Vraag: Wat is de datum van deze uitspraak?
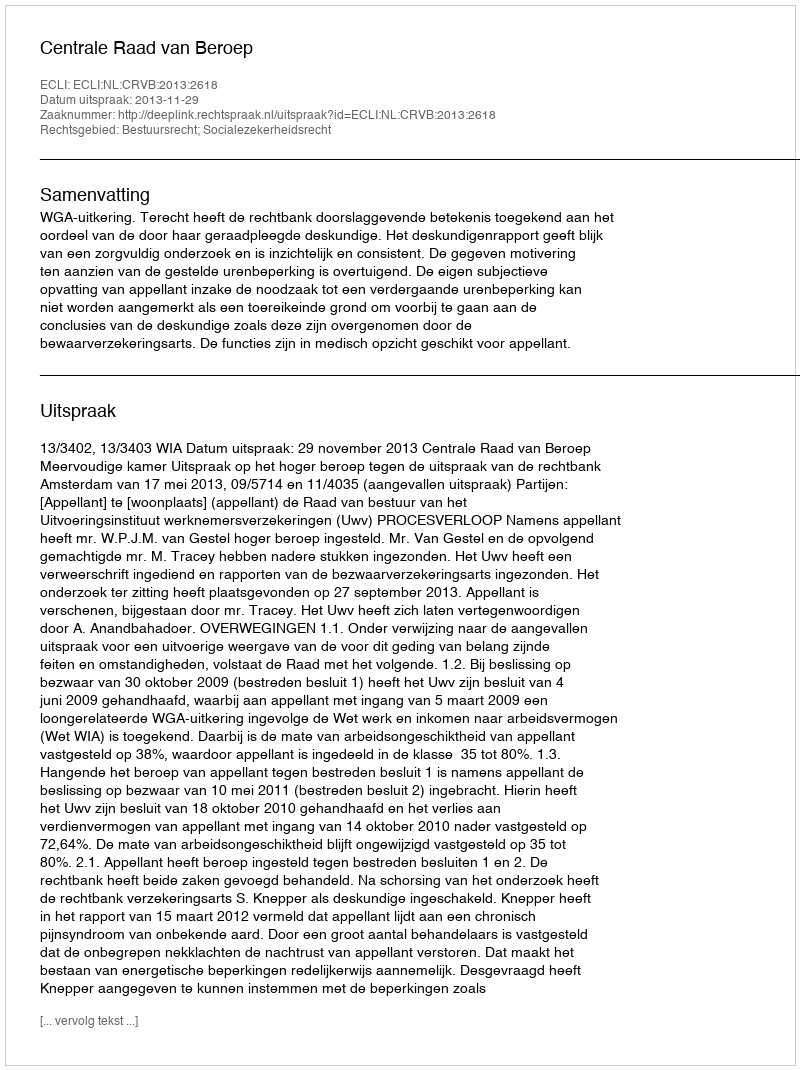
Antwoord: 2013-11-29